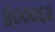
૪૦૦૦૬૨